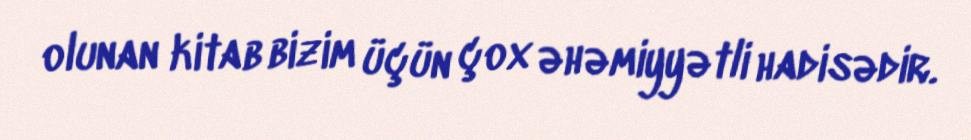
olunan kitab bizim üçün çox əhəmiyyətli hadisədir.